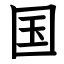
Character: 国